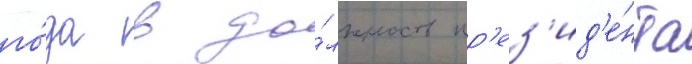
го́да в до́лжность пр'ез'ид'е́нта